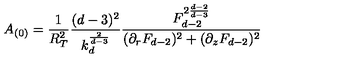
A _ { ( 0 ) } = \frac { 1 } { R _ { T } ^ { 2 } } \frac { ( d - 3 ) ^ { 2 } } { k _ { d } ^ { \frac { 2 } { d - 3 } } } \frac { F _ { d - 2 } ^ { 2 \frac { d - 2 } { d - 3 } } } { ( \partial _ { r } F _ { d - 2 } ) ^ { 2 } + ( \partial _ { z } F _ { d - 2 } ) ^ { 2 } }